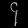
Digit: ၄